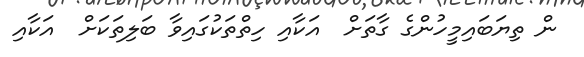
ން ތިޔަބައިމީހުންގެ ގާތަށް  އަކާއި ހިތްތަކުގައިވާ ބަލިތަކަށް  އަކާއި